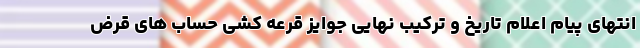
انتهای پیام اعلام تاریخ و ترکیب نهایی جوایز قرعه کشی حساب های قرض